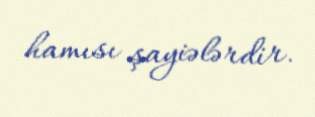
hamısı şayiələrdir.